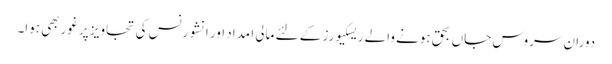
دوران سروس جاں بحق ہونے والے ریسکیورز کے لئے مالی ا مداد اور انشورنس کی تجاویز پر غوربھی ہوا۔